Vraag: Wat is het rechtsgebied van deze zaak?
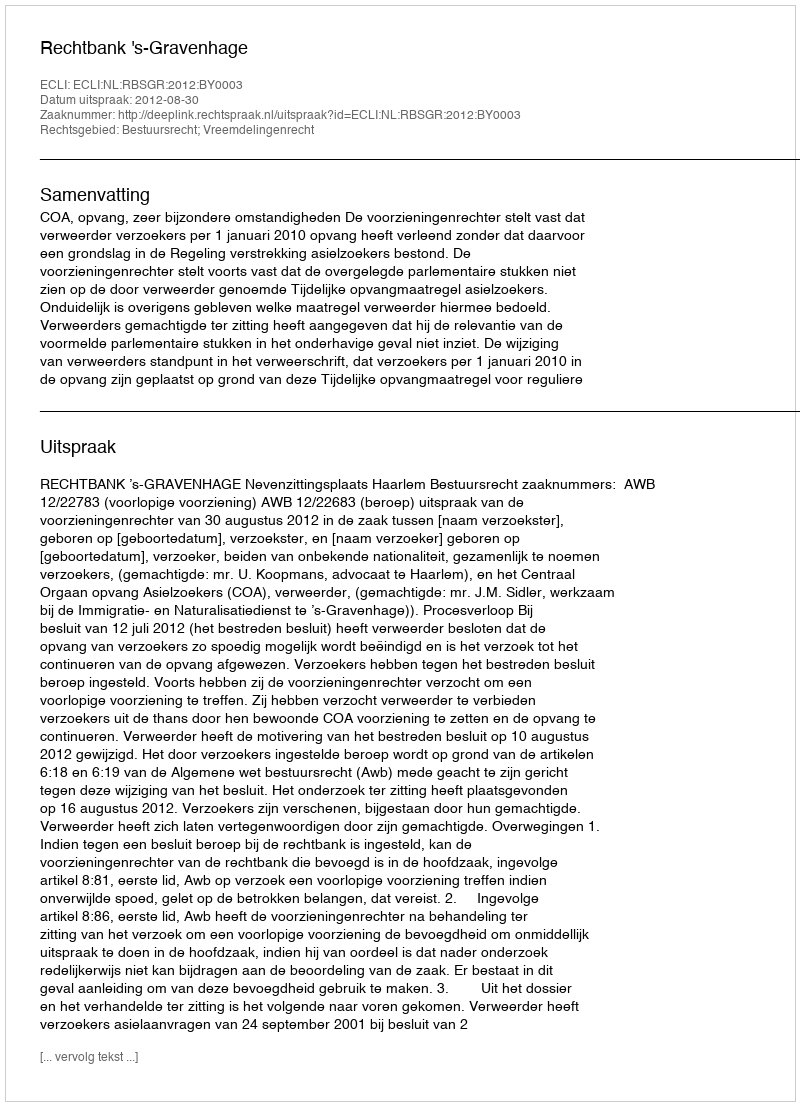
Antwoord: Bestuursrecht; Vreemdelingenrecht